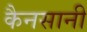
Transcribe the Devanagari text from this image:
कैनसानी